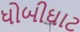
ધોબીઘાટ